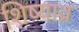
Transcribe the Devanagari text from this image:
शिष्याव्र